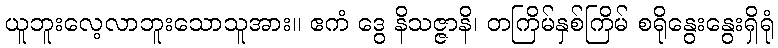
ယူဘူးလေ့လာဘူးသောသူအား။ ဧကံ ဒွေ နိသဇ္ဇာနိ၊ တကြိမ်နှစ်ကြိမ် စရိုနွေးနွေးရှိရုံ